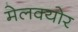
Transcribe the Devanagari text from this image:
मेलक्योर